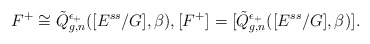
\begin{align*}F^+\cong \tilde{Q}^{\epsilon_+}_{g,n}([E^{ss}/G],\beta), [F^+]^{}= [\tilde{Q}^{\epsilon_+}_{g,n}([E^{ss}/G],\beta)]^{}.\end{align*}